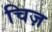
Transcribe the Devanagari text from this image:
चिज़